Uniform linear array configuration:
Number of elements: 4
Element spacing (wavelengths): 0.25
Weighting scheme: kaiser
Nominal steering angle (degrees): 45
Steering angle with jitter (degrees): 46.683
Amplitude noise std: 0.05
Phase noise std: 0.05

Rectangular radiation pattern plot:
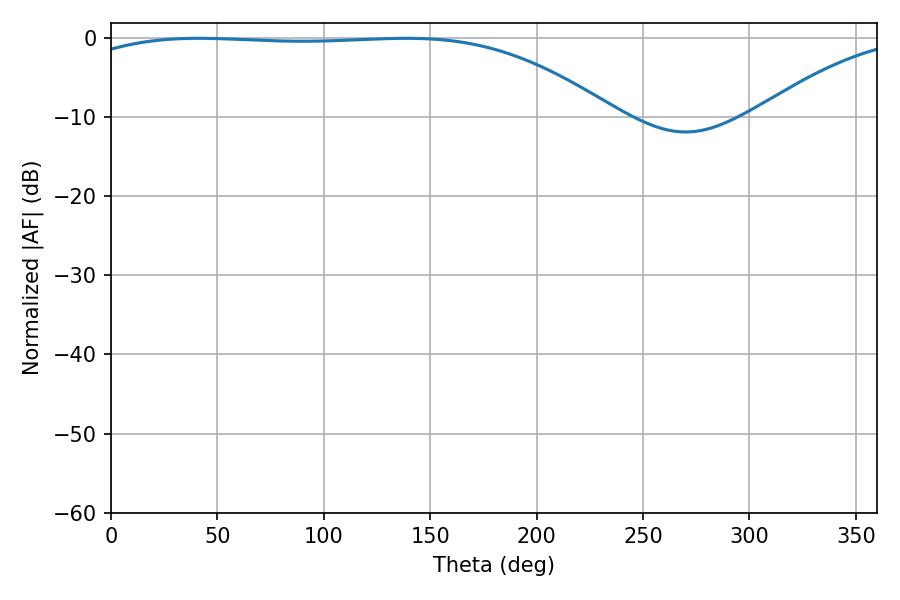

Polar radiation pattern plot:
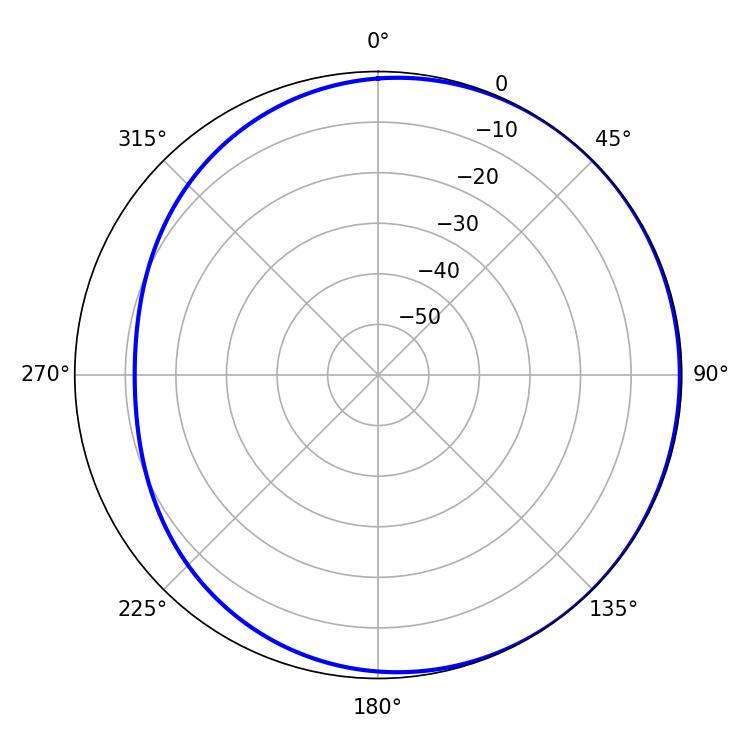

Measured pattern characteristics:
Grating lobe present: FALSE
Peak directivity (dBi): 1.111
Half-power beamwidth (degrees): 197.28
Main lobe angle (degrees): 41.22